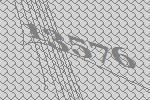
13576